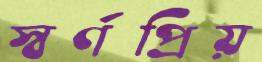
স্বর্ণপ্রিয়